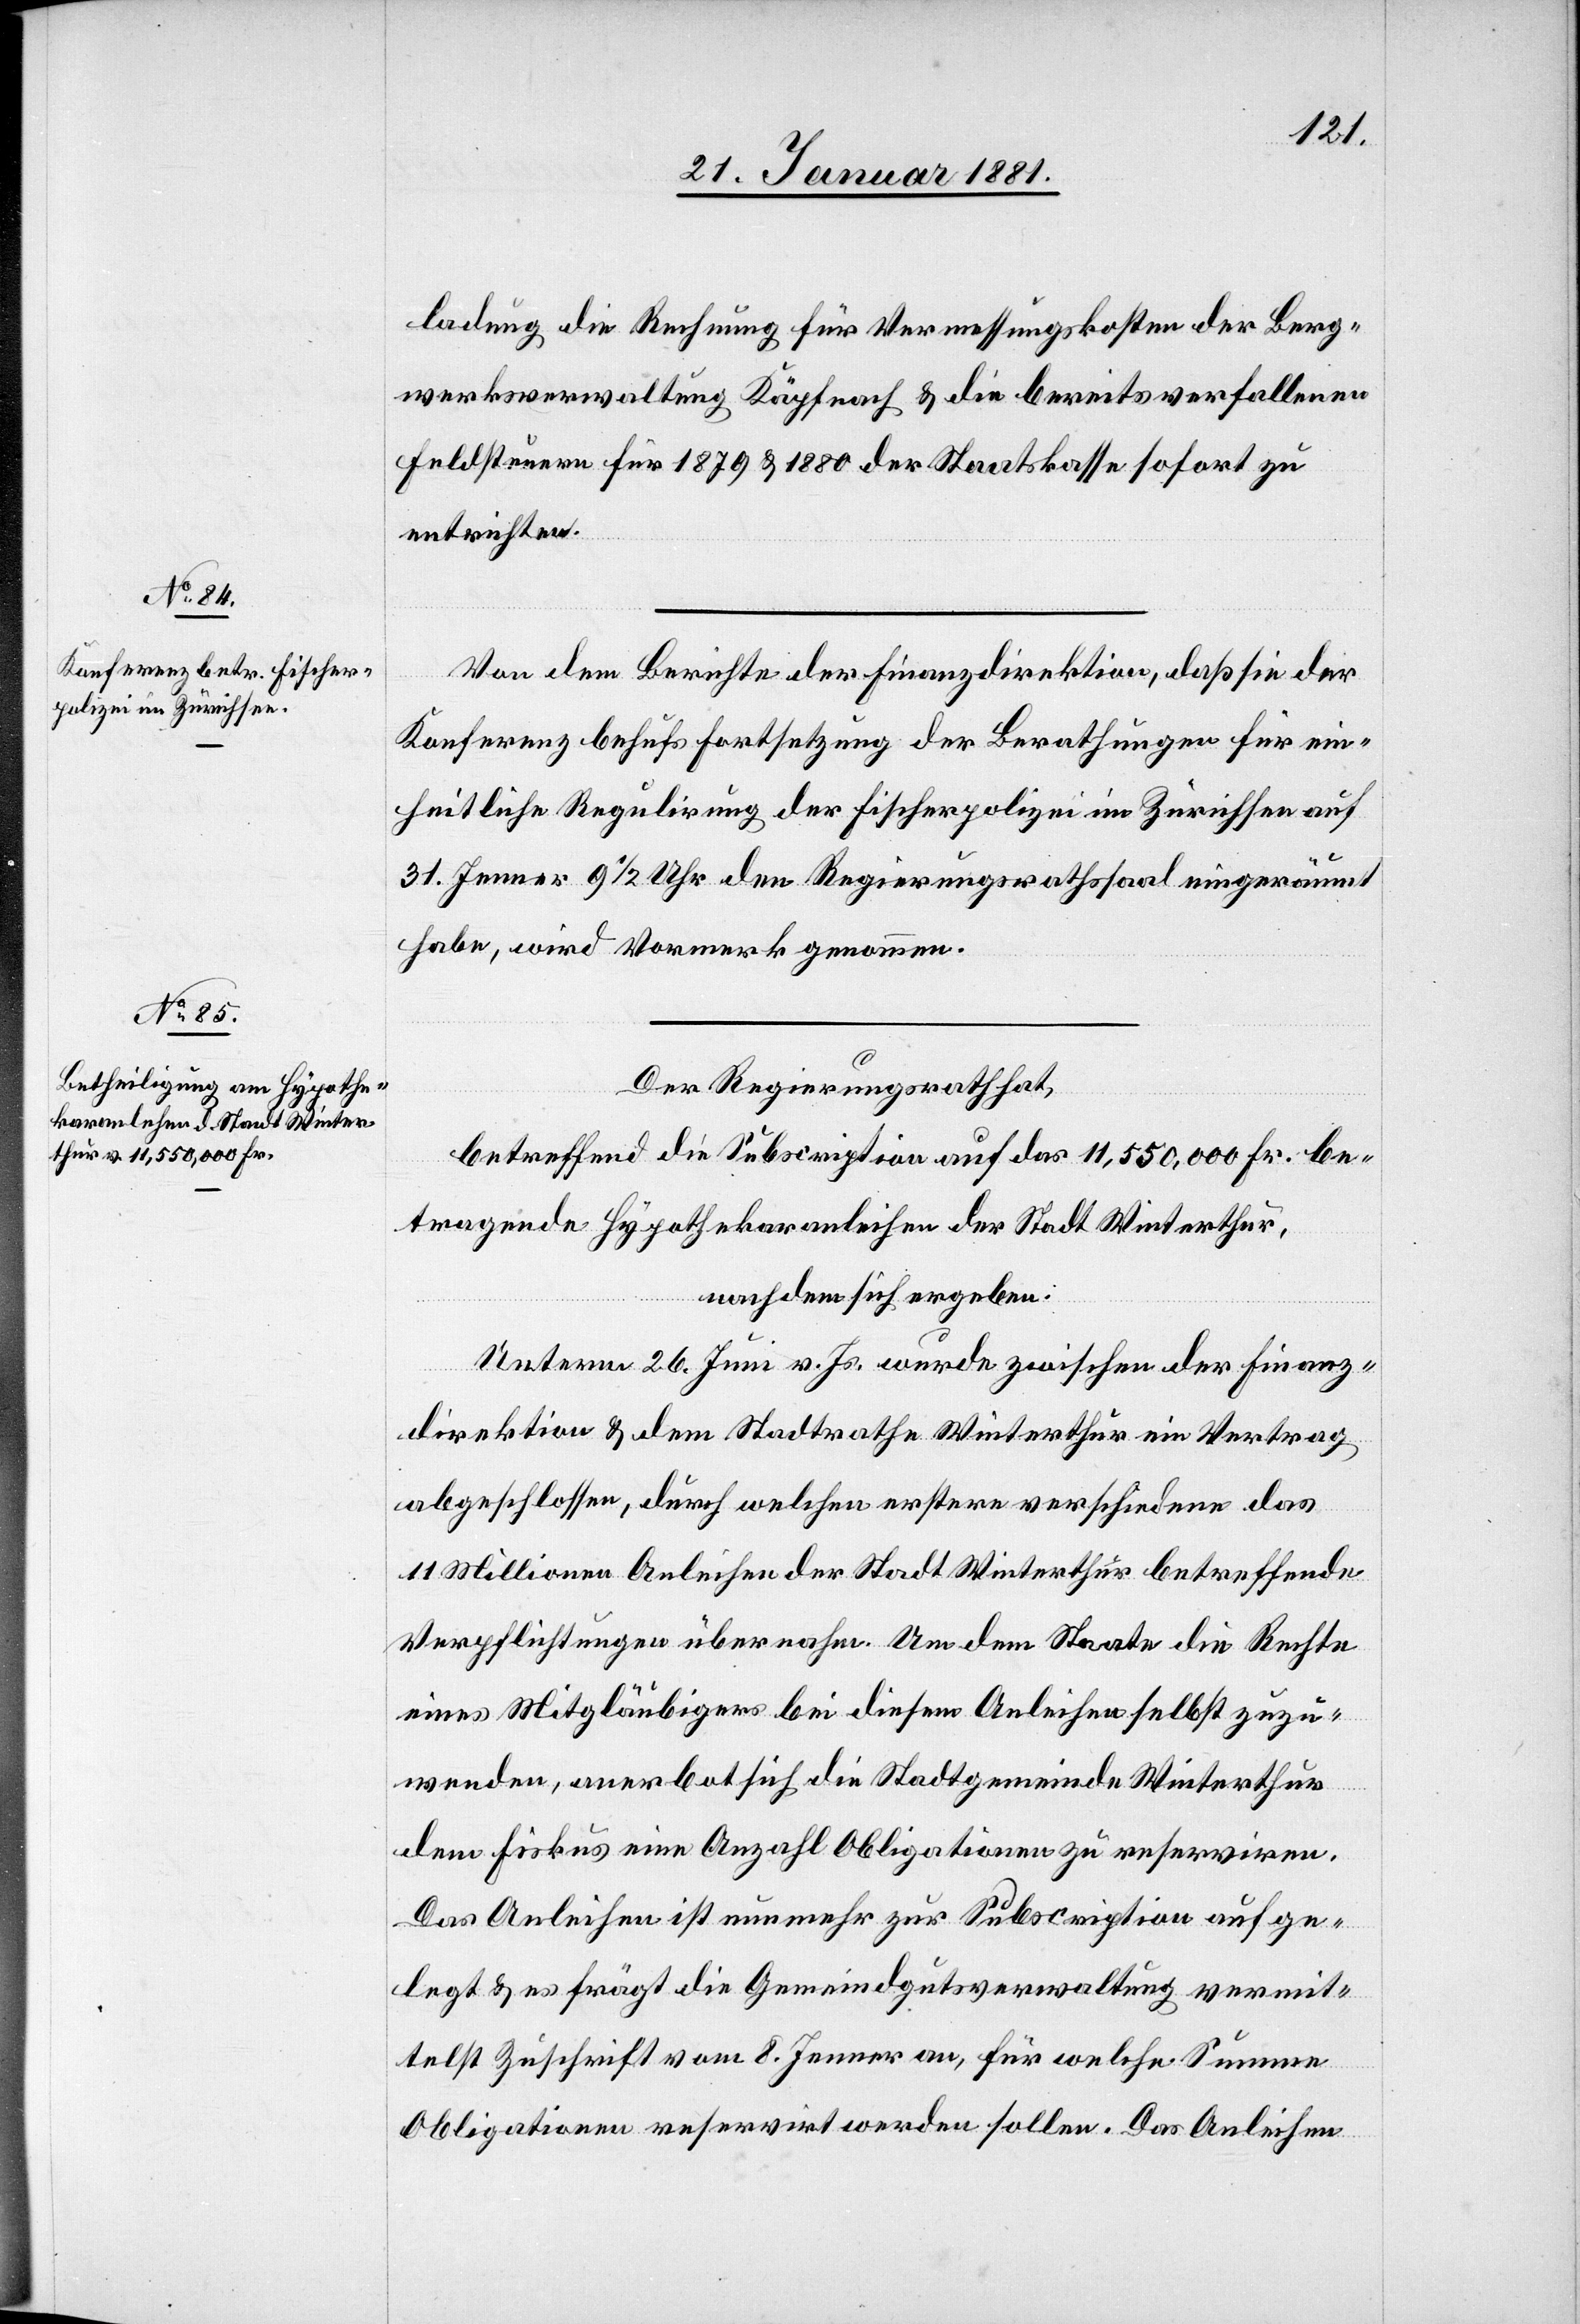
ladung die Rechnung für Vermessungskosten der Berg¬
werksverwaltung Käpfnach & die bereits verfallenen
Feldsteuern für 1879 & 1880 der Staatskasse sofort zu
entrichten.
Von dem Berichte der Finanzdirektion, daß sie der
Konferenz behufs Fortsetzung der Berathungen für ein¬
heitliche Regulirung der Fischerpolizei im Zürichsee auf
31. Jenner 9 1/2 Uhr den Regierungsrathsaal eingeräumt
habe, wir Vormerk genommen.
Der Regierungsrath hat,
betreffend die Subscription auf das 11,550,000 Fr. be¬
tragende Hypothekaranleihen der Stadt Winterthur,
nachdem sich ergeben:
Unterm 26. Juni v. Js. wurde zwischen der Finanz¬
direktion & dem Stadtrathe Winterthur ein Vertrag
abgeschlossen, durch welchen erstere verschiedene das
11 Millionen Anleihen der Stadt Winterthur betreffende
Verpflichtungen übernahm. Um dem Staate die Rechte
eines Mitgläubigers bei diesem Anleihen selbst zuzu¬
wenden, anerbot sich die Stadtgemeinde Winterthur
dem Fiskus eine Anzahl Obligationen zu reserviren.
Das Anleihen ist nunmehr zur Subscription aufge¬
legt & es frägt die Gemeindgutsverwaltung vermit¬
telst Zuschrift vom 8. Jenner an, für welche Summe
Obligationen reservirt werden sollen. Das Anleihen